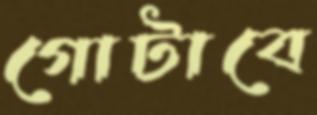
গোটাবে